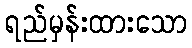
ရည်မှန်းထားသော